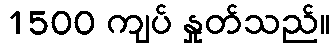
1500 ကျပ် နှုတ်သည်။